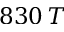
8 3 0 \, T